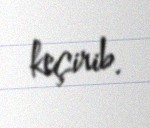
keçirib.